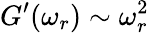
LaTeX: G^{\prime}(\omega_{r})\sim\omega_{r}^{2}